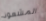
المشعوذ